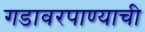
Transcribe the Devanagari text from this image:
गडावरपाण्याची